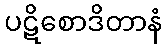
ပဋိစောဒိတာနံ